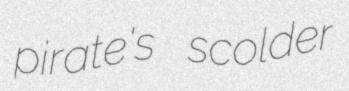
pirate's scolder